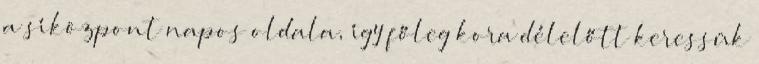
a síközpont napos oldala, így főleg kora délelőtt keressük